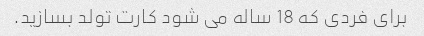
برای فردی که 18 ساله می شود کارت تولد بسازید.